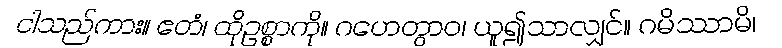
ငါသည်ကား။ ဧတံ၊ ထိုဥစ္စာကို။ ဂဟေတွာဝ၊ ယူ၍သာလျှင်။ ဂမိဿာမိ၊